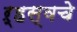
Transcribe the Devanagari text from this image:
ऱ्हस्वचे